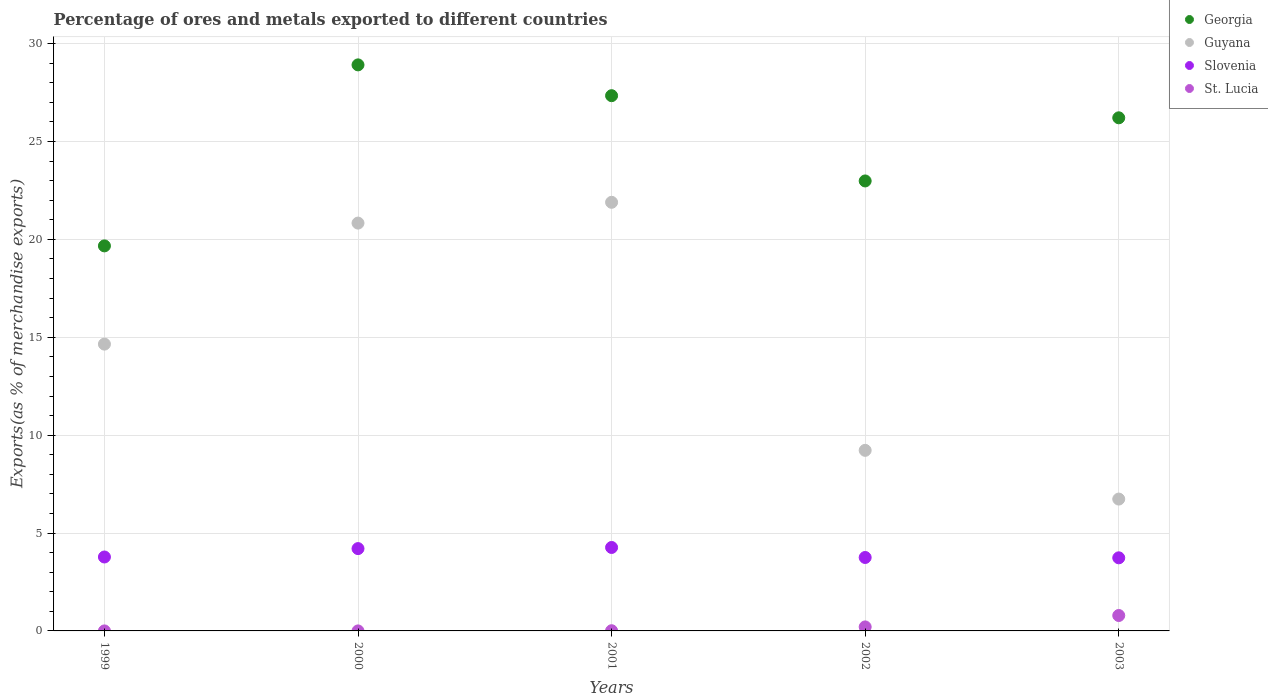
| Years | Georgia | Guyana | Slovenia | St. Lucia |
 | --- | --- | --- | --- | --- |
 | 1999 | 19.7 | 14.7 | 3.78 | 0.000112 |
 | 2000 | 28.9 | 20.8 | 4.21 | 0.000155 |
 | 2001 | 27.3 | 21.9 | 4.26 | 0.0101 |
 | 2002 | 23 | 9.22 | 3.75 | 0.205 |
 | 2003 | 26.2 | 6.74 | 3.73 | 0.788 |